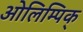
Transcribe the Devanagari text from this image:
ओलिम्पिक्